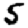
Digit: 5